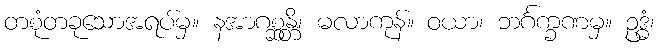
တစုံတခုသောအရပ်မှ။ နအာဂစ္ဆန္တိ၊ မလာကုန်။ ဝယာ၊ ဘင်္ဂက္ခဏမှ။ ဥဒ္ဓံ၊